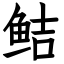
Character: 鲒